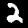
Digit: 2